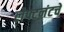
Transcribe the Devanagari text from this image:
लेफ्टनंटचे